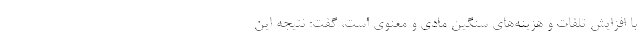
با افزایش تلفات و هزینه‌های سنگین مادی و معنوی است، گفت: نتیجه این